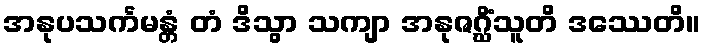
အနုပသင်္ကမန္တံ တံ ဒိသွာ သကျာ အနုဇဂ္ဃိံသူတိ ဒဿေတိ။